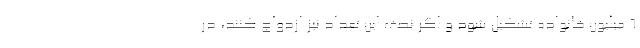
۶ میلیون خانواده تشکیل شود و اگر نصف این تعداد نیز ازدواج کنند، در